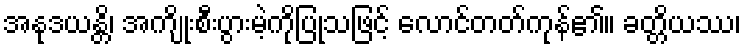
အနုဒယန္တိ၊ အကျိုးစီးပွားမဲ့ကိုပြုသဖြင့် လောင်တတ်ကုန်၏။ ခတ္တိယဿ၊